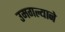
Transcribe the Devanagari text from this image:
उमगल्याने